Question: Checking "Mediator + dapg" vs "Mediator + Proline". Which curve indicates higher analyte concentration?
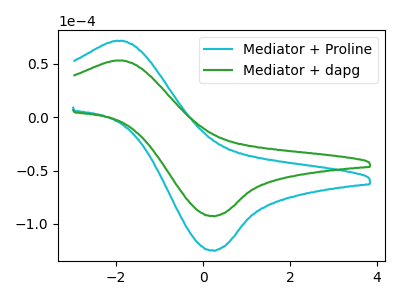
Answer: <think>The cyan curve "Mediator + Proline" has an anodic peak at (-1.95V, 71.55uA) and a cathodic peak at (0.20V, -124.85uA). The green curve "Mediator + dapg" has an anodic peak at (-1.95V, 53.10uA) and a cathodic peak at (0.20V, -92.60uA).
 All the peaks in "Mediator + dapg" have a peak in "Mediator + Proline" at the same potential. Every peak in "Mediator + dapg" is lower than every peak in "Mediator + Proline".</think>
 <answer>"Mediator + dapg" has less signal than "Mediator + Proline" and so likely has a lower concentration.</answer>
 <eval>less_concentration</eval>